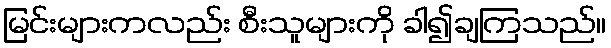
မြင်းများကလည်း စီးသူများကို ခါ၍ချကြသည်။